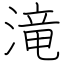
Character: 滝